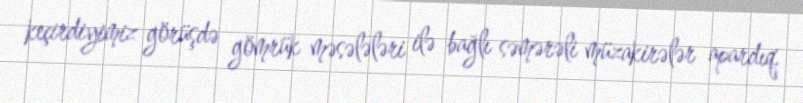
keçirdiyimiz görüşdə gömrük məsələləri ilə bağlı səmərəli müzakirələr apardıq.